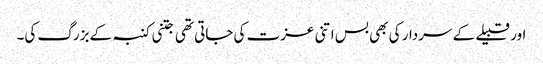
اور قبیلے کے سردار کی بھی بس اتنی عزت کی جاتی تھی جتنی کنبہ کے بزرگ کی۔